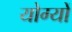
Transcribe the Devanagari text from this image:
योग्यों